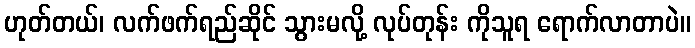
ဟုတ်တယ်၊ လက်ဖက်ရည်ဆိုင် သွားမလို့ လုပ်တုန်း ကိုသူရ ရောက်လာတာပဲ။